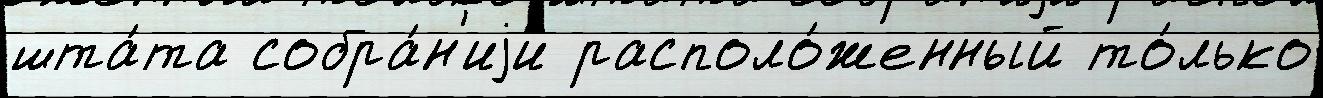
шта́та собра́н'иjи располо́женный то́лько